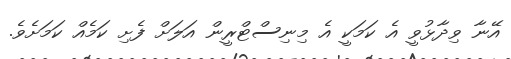
އޭނާ ވިދާޅުވީ އެ ކަމަކީ އެ މިނިސްޓްރީން އަލަށް ފެށި ކަމެއް ކަމަށެވެ.